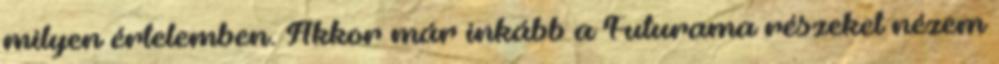
milyen értelemben. Akkor már inkább a Futurama részeket nézem